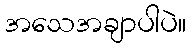
အသေအချာပါပဲ။